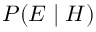
\textstyle P ( E \mid H )